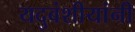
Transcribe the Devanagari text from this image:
यदुवंशीयांनी